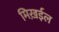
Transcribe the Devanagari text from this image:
मिख़ईल